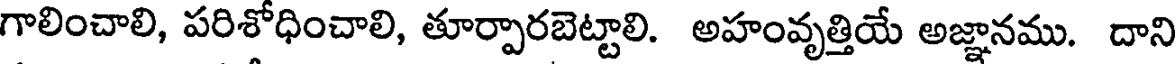
గాలించాలి, పరిశోధించాలి, తూర్పారబెట్టాలి. అహంవృత్తియే అజ్ఞానము. దాని